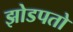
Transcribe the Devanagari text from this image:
झोडपतो